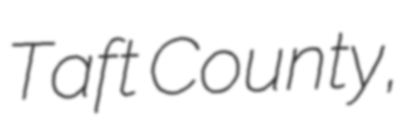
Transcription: Taft County,